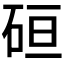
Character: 𰦶